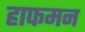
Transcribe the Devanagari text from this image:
हाफमन